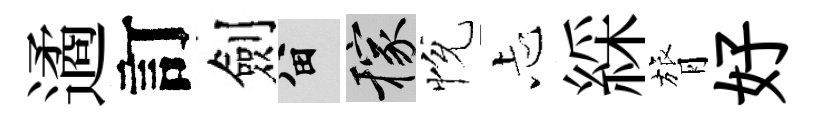
遹訂劍留稼恱忐綵膂好